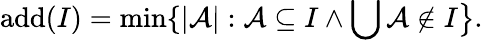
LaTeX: \mathrm{{add}}(I)=\operatorname*{min}\{ |{\mathcal{A}}|:{\mathcal{A}}\subseteq I\wedge\bigcup{\mathcal{A}}\notin I{\big\} }.